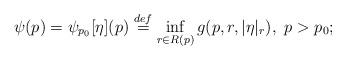
LaTeX: \begin{align*} \psi(p) = \psi_{p_0}[\eta](p) \stackrel{def}{=} \inf_{r \in R(p)} g(p, r, |\eta|_r), \ p > p_0;\end{align*}